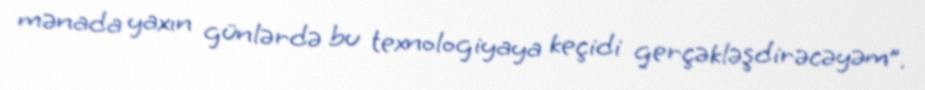
mənada yaxın günlərdə bu texnologiyaya keçidi gerçəkləşdirəcəyəm”.